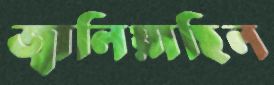
জ্বালিয়াছিল